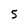
Character: 5